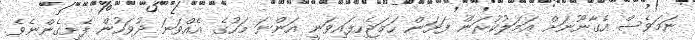
ނަމަވެސް އެގާނޫނަށް އަމަލުކުރަން ފަށަން ހަމަޖެހިފައިވަނީ އަންނަ މަހުގެ އެއްވަނަ ދުވަހުން ފެށިގެންނެވެ.